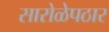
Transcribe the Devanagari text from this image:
सारोळेपठार